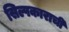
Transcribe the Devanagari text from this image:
सिल्पकाराची